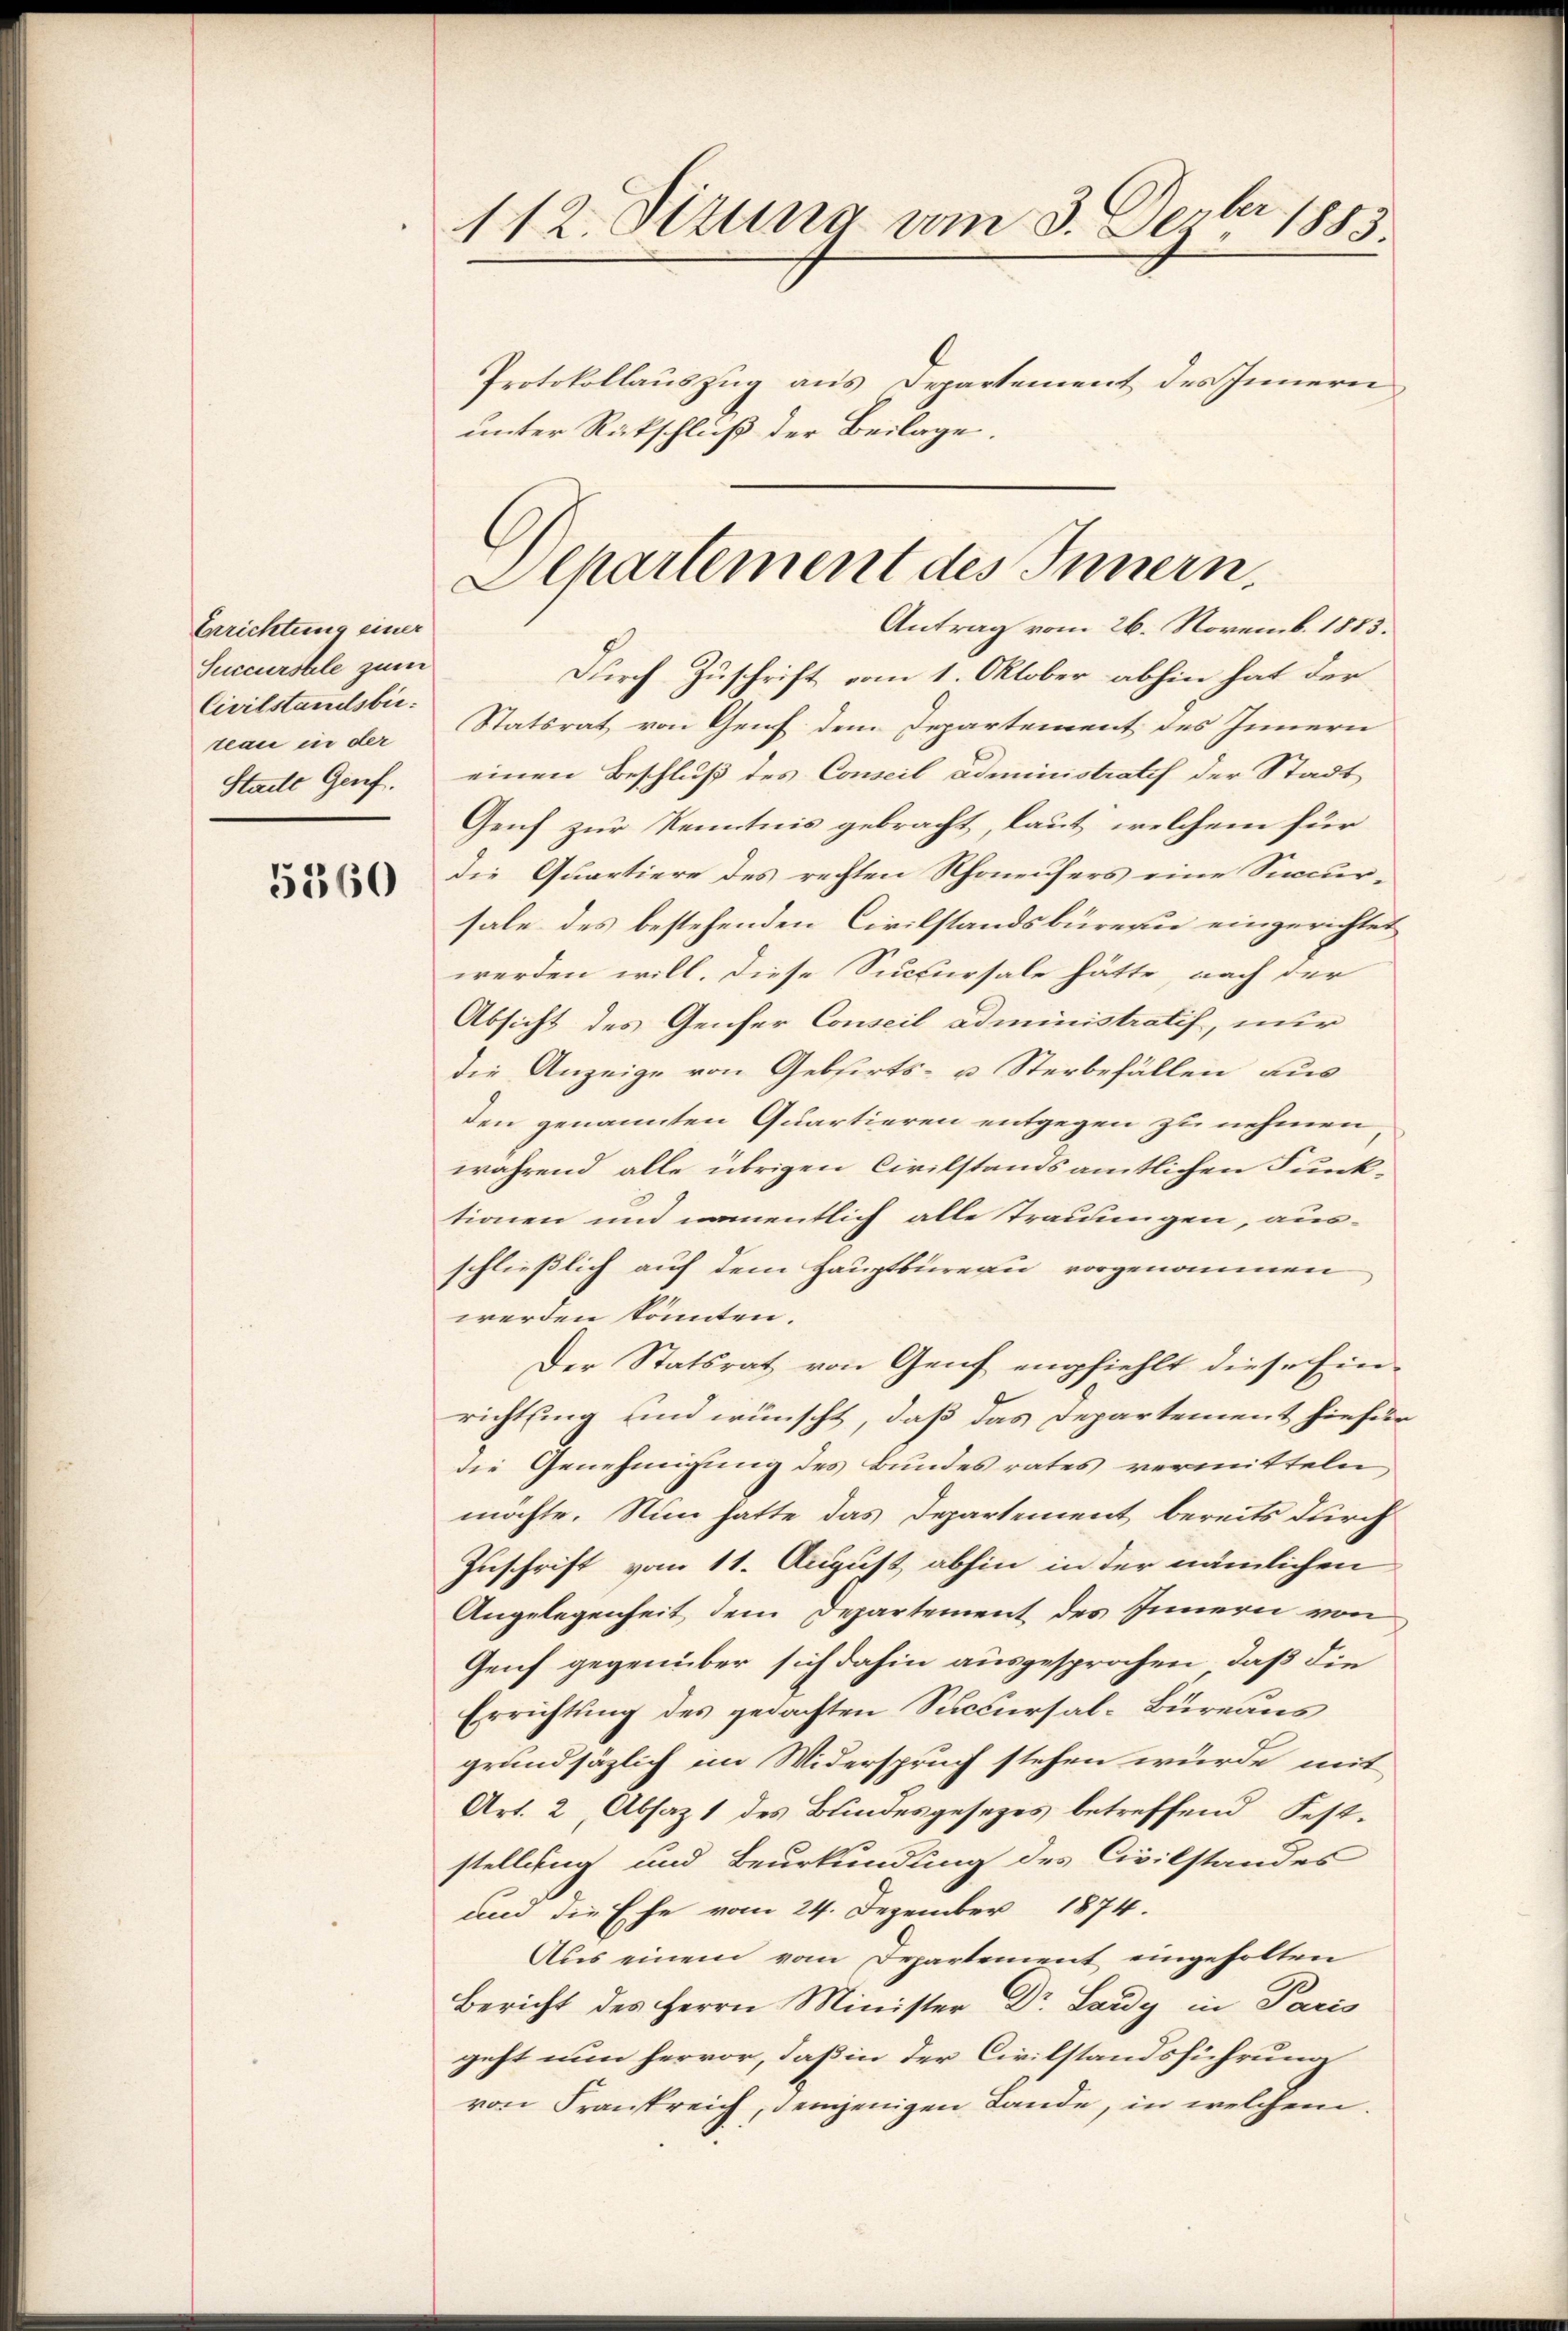
Errichtung einer
Succurstele zum
Civilstandsbii.
teau in der
Stadte Genf.

5360

112. Sizung am 3. Dezbr 1883.
Protokollauszug aus Departement des Innern
unter Rückschluß der Beilage.

Aepartement des Innern.
Antrag vom 26. Novemb. 1883.

Durch Zuschrift vom 1. Oktober abhin hat der
Statsrat von Genf dem Departement des Innern
einen Beschluß des Conseil administratif der Stadt
Genf zur Kenntnis gebracht, laut, welchem für
die Quartiere des rechten Schoneufers eine Succur-
sale des bestehenden Civilstandsbüreau eingerichtet
werden will. Diese Succursale hätte, nach der
Absicht des Genfer Conseil administratif, nur
die Anzeige von Gebfirts- u Sterbefällen aus
den genannten Quartieren entgegen zu nehmen
während alle übrigen Civilstandsamtlichen Funk-
tionen und namentlich alle Trauungen, aus-
schließlich auf dem Hauptbureau vorgenommen
werden könnten.
Der Statsrat von Genf empfiehlt diese Ein-
richtung und wünscht, daß das Departement hiefür
die Genehmigung des Bundesrates vermitteln
möchte. Nun hatte das Departement bereits durch
Zuschrift vom 11. August abhin in der nämlichen
Angelegenheit dem Departement des Innern von
Genf gegenüber sich dahin ausgesprochen, daß die
Errichtung des gedachten Succursal-Büreaus
grundsätzlich im Widerspruch stehen würde mit
Art. 2, Absaz 1 des Bundesgesetzes betreffend Feststellung und Beurkundung des Civilstandes
und die Ehe vom 24. Dezember 1874.
Aus einem vom Departement eingeholten
Bericht des Herrn Minister Dr. Lardy in Paris
geht nun hervor, daß in der Civilstandsführung
von Frankreich, demjenigen Lande, in welchem